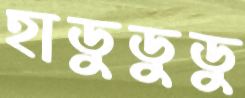
হাডুডুডু